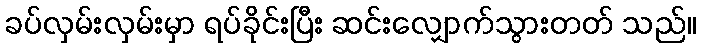
ခပ်လှမ်းလှမ်းမှာ ရပ်ခိုင်းပြီး ဆင်းလျှောက်သွားတတ် သည်။